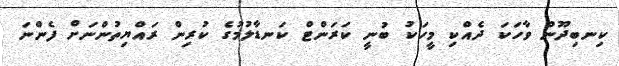
ކިނބިދޫން ވާހަކަ ދެއްކި މީހަކު ބުނީ ކަރަންޓް ކަނޑާލުމުގެ ކުރިން ރައްޔިތުންނަށް ފެންނަ